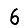
Digit: 6